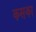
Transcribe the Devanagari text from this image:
कसका